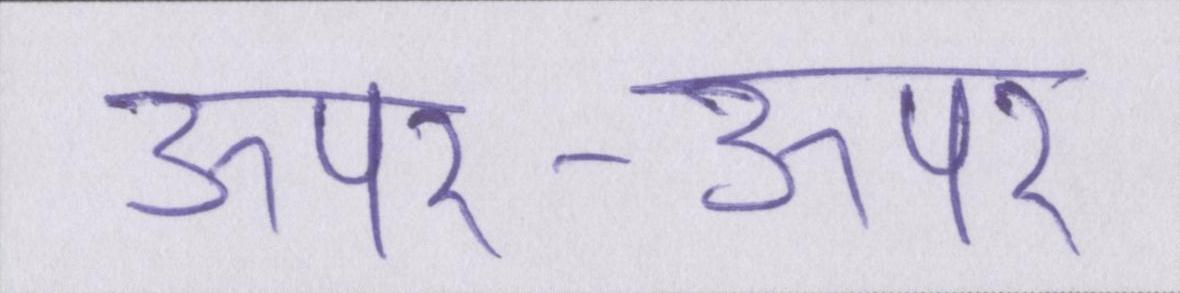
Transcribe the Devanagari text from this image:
ऊपर-ऊपर